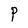
Character: P